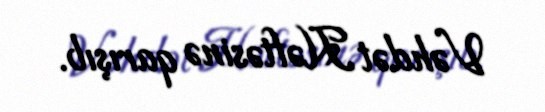
Vəhdət Həftəsinə qarışıb.